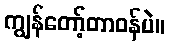
ကျွန်တော့်တာဝန်ပဲ။